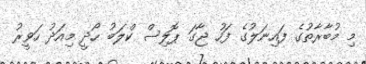
މި މުބާރާތުގެ ފައިނަލުގެ ފަހު ޖާގަ ޕޮލިސް ކްލަބު ހޯދީ މިއަދު ހަވީރު